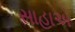
સાહાએ